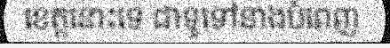
ខេត្តនោះទេ ជាទូទៅនាងបំពេញ